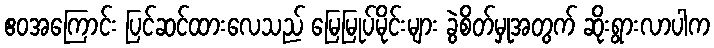
ဧဝအကြောင်း ပြင်ဆင်ထားလေသည် မြေမြုပ်မိုင်းများ ခွဲစိတ်မှုအတွက် ဆိုးရွားလာပါက